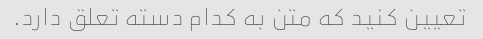
تعیین کنید که متن به کدام دسته تعلق دارد.